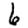
Digit: 6